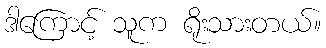
ဒါကြောင့် သူက ရိုးသားတယ်။